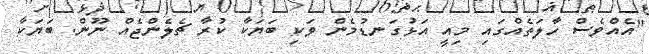
"އެއްވެސް ހާލަތެއްގައި މިއީ އަޅުގަނޑުމެން ވަކި ބަަޔަކާ ކުރާ ޗެލެންޖެއް ނޫން. ބަޔަކާ